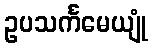
ဥပသင်္ကမေယျုံ